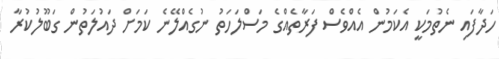
ހަދާފައި ނެތުމަކީ އެކަމުން އެއްވެސް ފަރާތެއްގެ މަސްލަހަތު ނުގެއްލޭނެ ކަމަށް ދައުލަތުން ގަބޫލުކުރާ